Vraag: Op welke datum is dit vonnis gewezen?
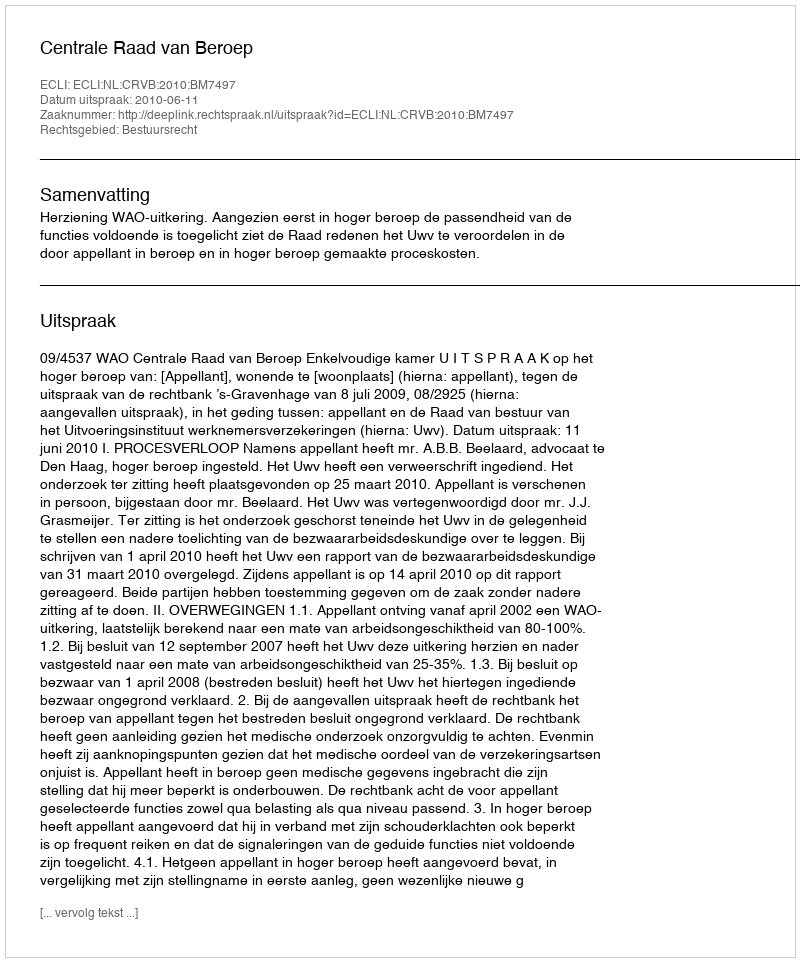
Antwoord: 2010-06-11